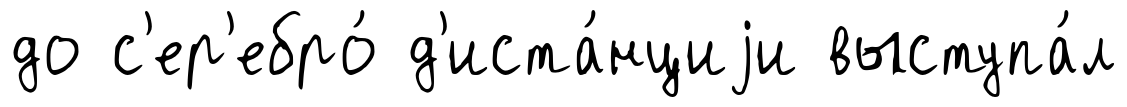
до с'ер'ебро́ д'иста́нциjи выступа́л